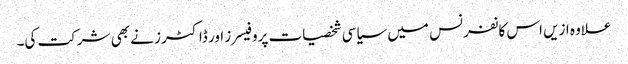
علاوہ ازیں اس کانفرنس میں سیاسی شخصیات پروفیسرز اور ڈاکٹرز نے بھی شرکت کی۔